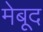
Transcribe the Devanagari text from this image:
मेबूद